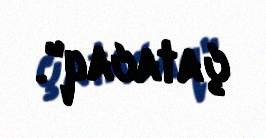
çatacaq".